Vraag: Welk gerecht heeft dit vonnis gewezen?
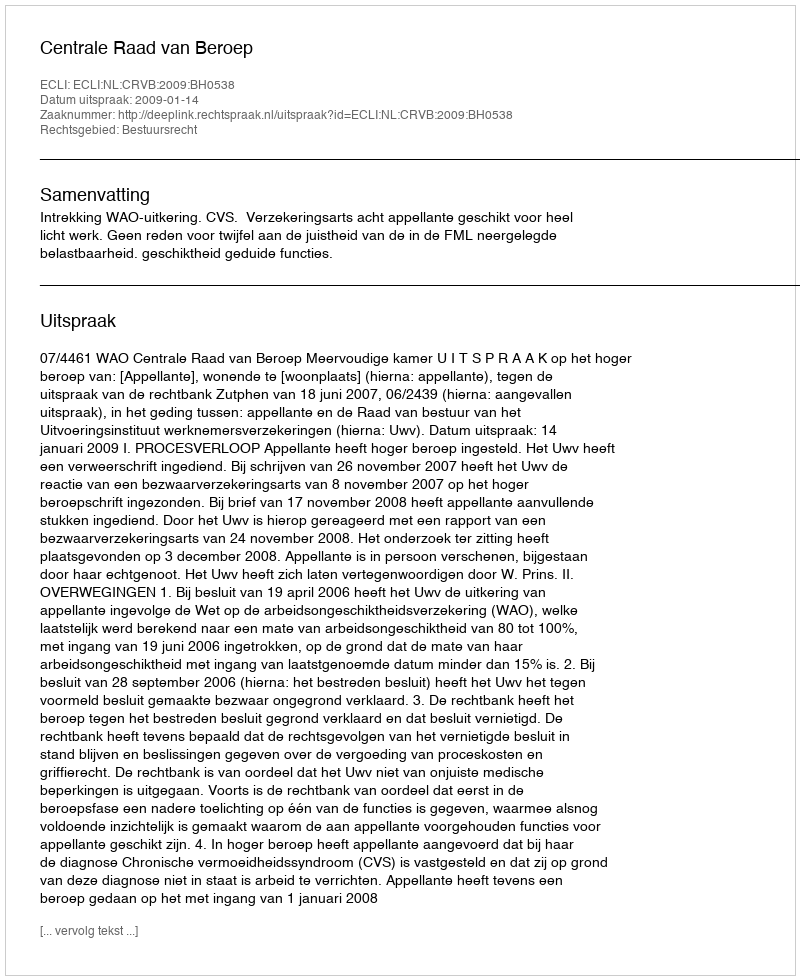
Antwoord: Centrale Raad van Beroep